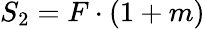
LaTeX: S_{2}=F\cdot(1+m)